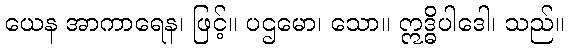
ယေန အာကာရေန၊ ဖြင့်။ ပဌမော၊ သော။ ဣဒ္ဓိပါဒေါ၊ သည်။